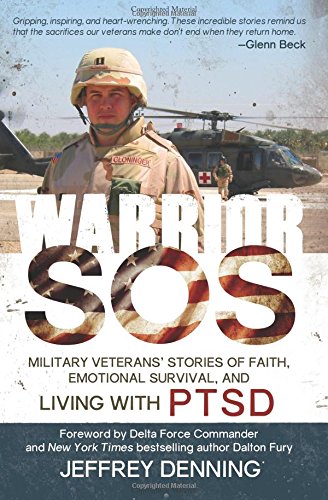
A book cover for Warrior SOS: Military Veterans' Stories of Faith, Emotional Survival and Living with PTSD; Jeffrey Denning; Parenting & Relationships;